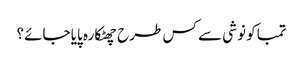
تمباکو نوشی سے کس طرح چھٹکارہ پایا جائے؟